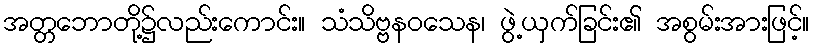
အတ္တဘောတို့၌လည်းကောင်း။ သံသိဗ္ဗနဝသေန၊ ဖွဲ့ယှက်ခြင်း၏ အစွမ်းအားဖြင့်။